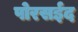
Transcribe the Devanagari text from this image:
पोरसईद